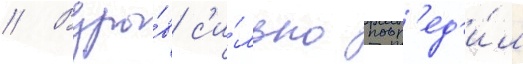
// Взры́в с'и́льно повр'ед'и́л